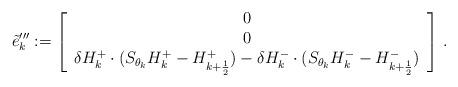
LaTeX: \begin{align*}\tilde{e}'''_k:=\left[\begin{array}{c}0\\0\\\delta H^+_k\cdot (S_{\theta_k}H^+_k-H^+_{k+\frac{1}{2}})-\delta H^-_k\cdot (S_{\theta_k}H^-_k-H^-_{k+\frac{1}{2}})\end{array}\right]\,.\end{align*}